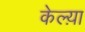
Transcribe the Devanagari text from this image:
केल्य़ा